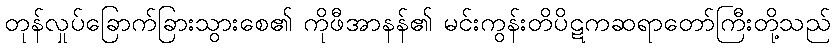
တုန်လှုပ်ခြောက်ခြားသွားစေ၏ ကိုဖီအာနန်၏ မင်းကွန်းတိပိဋကဆရာတော်ကြီးတို့သည်